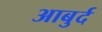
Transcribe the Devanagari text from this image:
आबुर्द